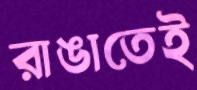
রাঙাতেই